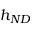
h _ { { N D } }